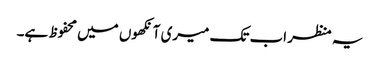
یہ منظر اب تک میری آنکھوں میں محفوظ ہے۔